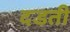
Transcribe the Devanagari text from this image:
दडती